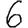
Digit: 6